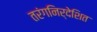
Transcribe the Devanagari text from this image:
तरंगनिर्देशित